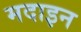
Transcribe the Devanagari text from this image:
मदाइन